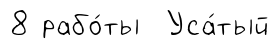
8 рабо́ты Уса́тый